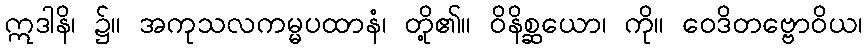
ဣဒါနိ၊ ၌။ အကုသလကမ္မပထာနံ၊ တို့၏။ ဝိနိစ္ဆယော၊ ကို။ ဝေဒိတဗ္ဗောဝိယ၊